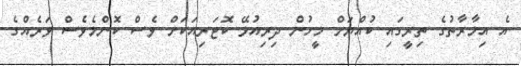
އެ އިމާރާތުގެ ތިރީގައި ކުއްޔަށް މީހުން ދިރިއުޅޭ ކޮޓަރިއަކަށް ވެސް ކޮންމެވެސް ވަރެއްގެ